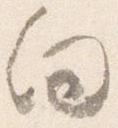
向